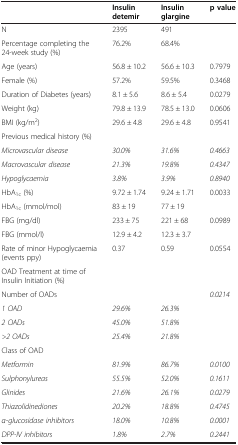
|  | Insulin detemir | Insulin glargine | p value |
 | --- | --- | --- | --- |
 | N | 2395 | 491 |  |
 | Percentage completing the 24-week study (%) | 76.2% | 68.4% |  |
 | Age (years) | 56.8 ± 10.2 | 56.6 ± 10.3 | 0.7979 |
 | Female (%) | 57.2% | 59.5% | 0.3468 |
 | Duration of Diabetes (years) | 8.1 ± 5.6 | 8.6 ± 5.4 | 0.0279 |
 | Weight (kg) | 79.8 ± 13.9 | 78.5 ± 13.0 | 0.0606 |
 | BMI (kg/m2) | 29.6 ± 4.8 | 29.6 ± 4.8 | 0.9541 |
 | Previous medical history (%) |  |  |  |
 | Microvascular disease | 30.0% | 31.6% | 0.4663 |
 | Macrovascular disease | 21.3% | 19.8% | 0.4347 |
 | Hypoglycaemia | 3.8% | 3.9% | 0.8940 |
 | HbA1c (%) | 9.72 ± 1.74 | 9.24 ± 1.71 | 0.0033 |
 | HbA1c (mmol/mol) | 83 ± 19 | 77 ± 19 |  |
 | FBG (mg/dl) | 233 ± 75 | 221 ± 68 | 0.0989 |
 | FBG (mmol/l) | 12.9 ± 4.2 | 12.3 ± 3.7 |  |
 | Rate of minor Hypoglycaemia (events ppy) | 0.37 | 0.59 | 0.0554 |
 | OAD Treatment at time of Insulin Initiation (%) |  |  |  |
 | Number of OADs |  |  | 0.0214 |
 | 1 OAD | 29.6% | 26.3% |  |
 | 2 OADs | 45.0% | 51.8% |  |
 | >2 OADs | 25.4% | 21.8% |  |
 | Class of OAD |  |  |  |
 | Metformin | 81.9% | 86.7% | 0.0100 |
 | Sulphonylureas | 55.5% | 52.0% | 0.1611 |
 | Glinides | 21.6% | 26.1% | 0.0279 |
 | Thiazolidinediones | 20.2% | 18.8% | 0.4745 |
 | α-glucosidase inhibitors | 18.0% | 10.8% | 0.0001 |
 | DPP-IV inhibitors | 1.8% | 2.7% | 0.2441 |